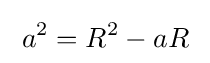
\;a^{2}=R^{2}-aR\;